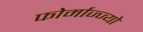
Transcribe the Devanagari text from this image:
फोर्माज्ज्यो